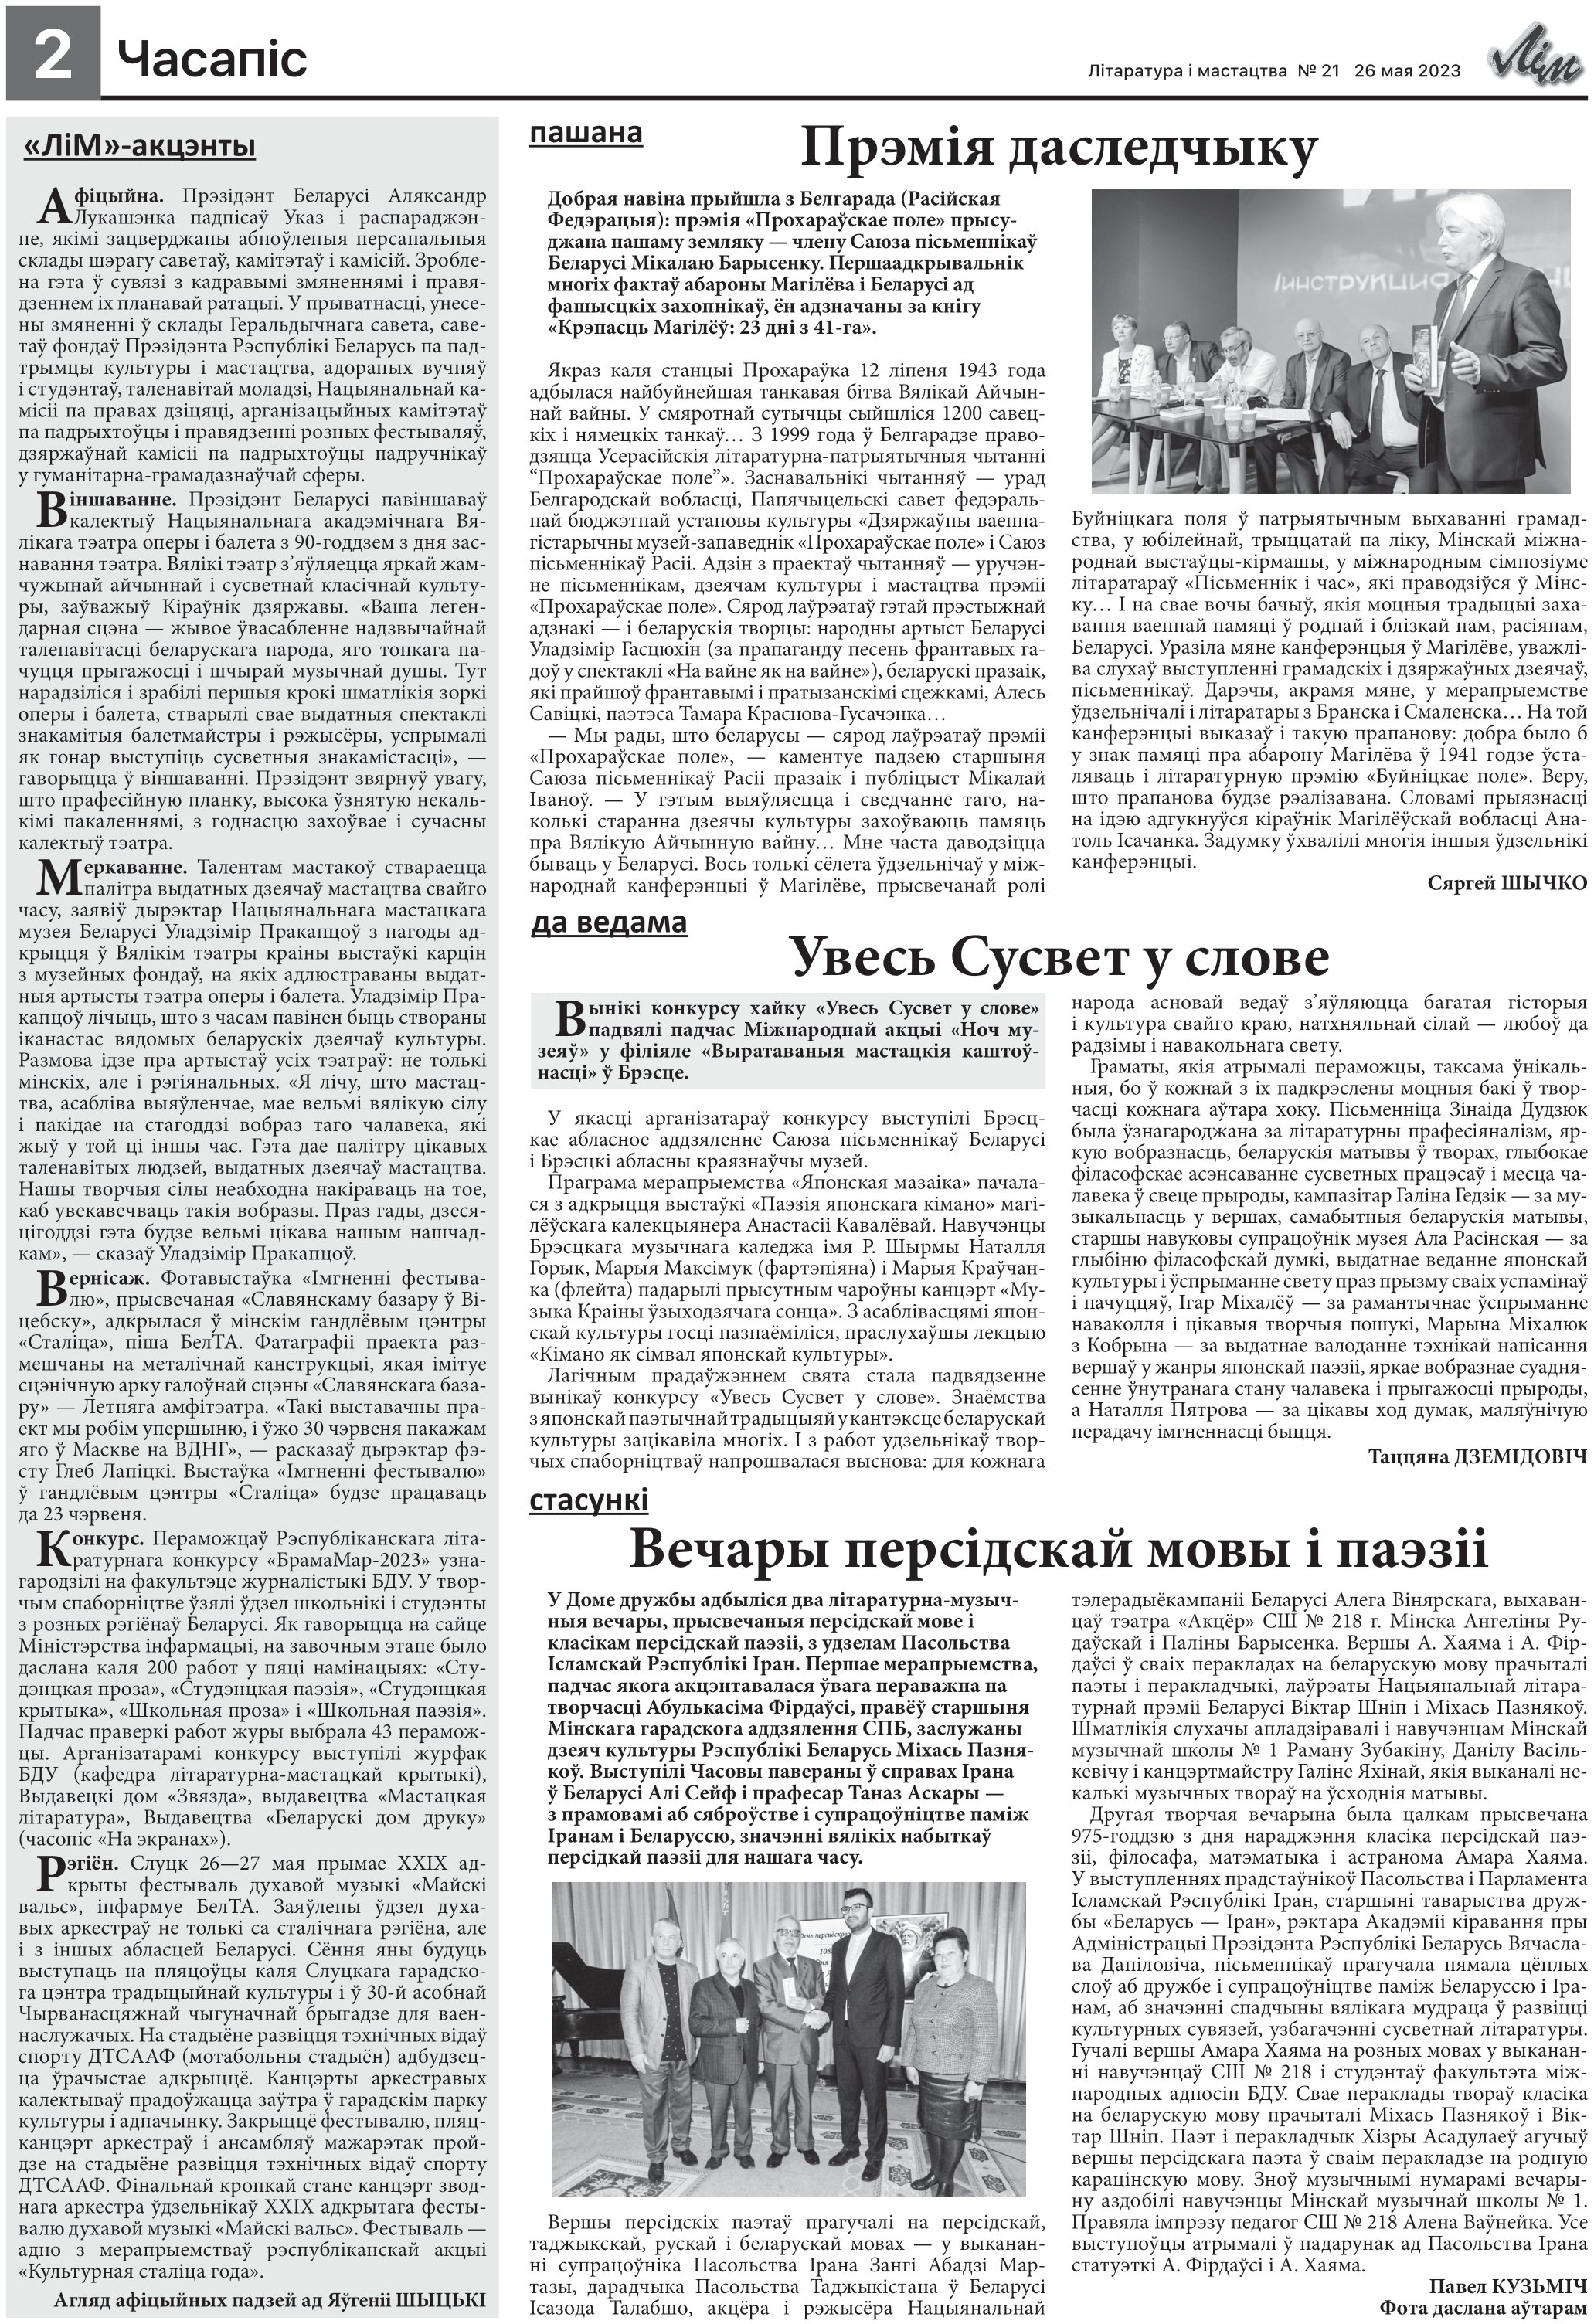
Language: be